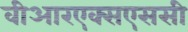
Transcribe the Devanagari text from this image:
वीआरएक्सएससी